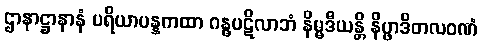
ဌာနာဋ္ဌာနာနံ ပရိယာပန္နကထာ ဂန္ဓပဋိလာဘံ နိမ္မဒီယန္တိ နိပ္ဖာဒိတလဝဏံ